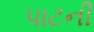
પાટની